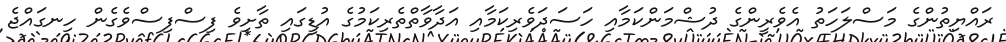
ރައްޔިތުންގެ މަސްލަހަތު އެވެރީންގެ ދުޝްމަންކަމާއި ހަސަދަވެރިކަމާއި އަދާވާތްތެރިކަމުގެ އުޑީގައި ތާށިވެ ފިސްފިސްވެގެން ހިނގައްޖެ